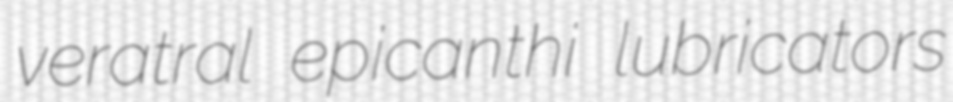
veratral epicanthi lubricators